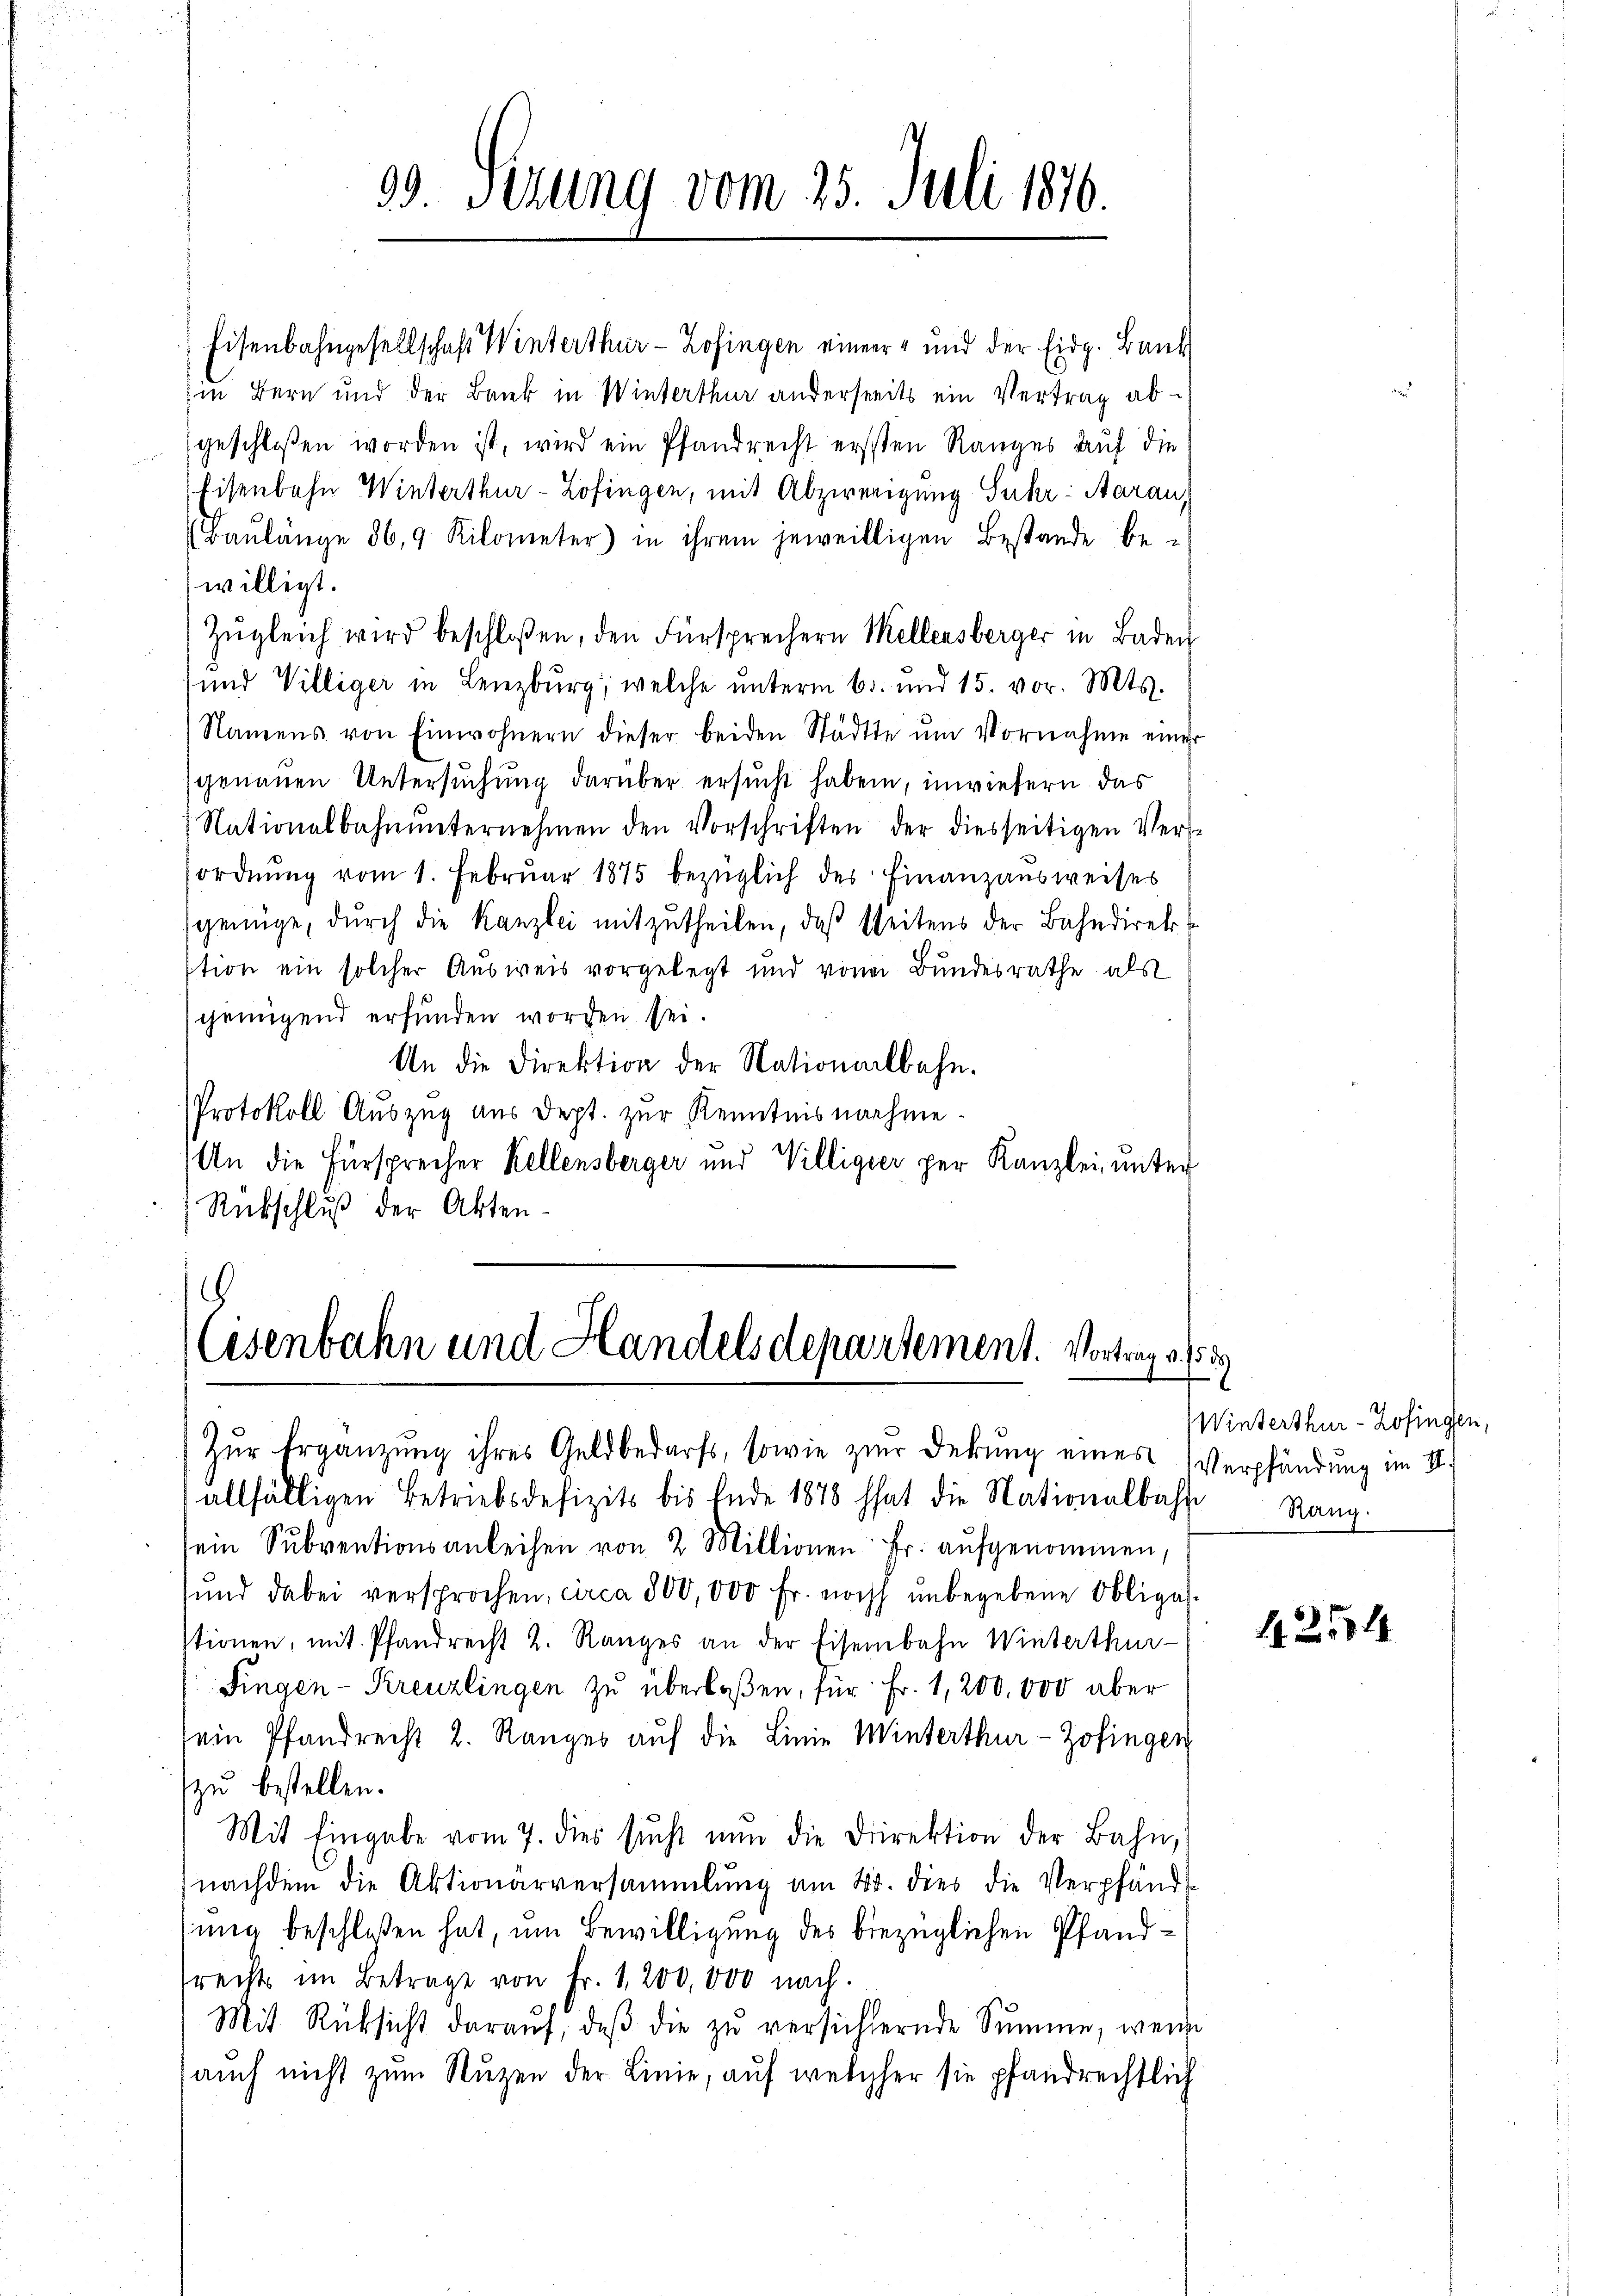
99 Sezung vom 25. Juli 1876.

Eisenbahngesellschaft Winterthur - Zofingen einer und der Eidg. Bank
in Bern und der Bank in Winterthur anderseits ein Vertrag abgeschloßen worden ist, wird ein Pfandrecht ersten Ranges auf die
Eisenbahn Winterthur - Zofingen, mit Abzweigung Suhr: Aarau
(Baŭlänge 86,9 Kilometer) in ihrem jeweilligen Bestande be-
willigt.
Zŭgleich wird beschloßen, den Fürsprechern Mellensberger in Baden
und Villiger in Lenzburg, welche unterm 6. und 15. vor. Mts.
Namens von Einwohnern dieser beiden Städtte ŭm Vornahme einer
genauen Untersuchung darüber ersucht haben, inwiesern das
Nationalbahnŭnternehmen den Vorschriften der diesseitigen Verse
ordnŭng vom 1. Febrŭar 1875 bezüglich des Finanzausweises
scheinige, dŭrch die Kanzlei mitzŭtheilen, daß seitens der Bahndirektion ein solcher Ausweis vorgelegt und von Bundesrathe als
scheinigend erfunden worden sei.
An die Direktion der Nationalbahn-
Protokoll Auszug aus dept. zur Kenntnis nachme¬
An die Fürsprecher Kellensberger und Villigier per Kanzlei, unter
Rückschluß der Akten¬

.
Eisenbahn und Handelsdepartement. Vortrag d. 15

Zŭr Ergänzŭng ihres Geldbedarfs, sowie zur Dekŭng eines Verpfändung im S
allfälligen Betriebsdefizits bis Ende 1878 hat die Nationalbahn
sein Subventionsanleihen von 2 Millionen Fr. aufgenommen,
sund dabei versprochen, circa 300,000 Fr. noch unbegebene Obligat
stionen, mit Pfandrecht 2. Ranges an der Eisenbahn Winterthur-
Fingen-Kreuzlingen zu überlaßen, für Fr. 1,200,000 aber
sein Pfandrecht 2. Ranger aŭf die Linie Winterthur-Zofingen
zu bestellen.
Mit Eingabe vom 7. dies sucht nun die Direktion der Bahn,
nachdem die Aktionärversammlung am 4. dies die Verpfänd
mig beschloßen hat, um Bewilligung des bezüglichen Pfandsrechts im Betrage von Fr. 1,200,000 nach.
Mit Rücksicht daraŭf, daβ die zŭ versichternde Summe, wenn
auch nicht zum Nuzen der Linie, auf welcher sie pfandrechtlich

Winterthur - Zofingen,
Rang.

1254